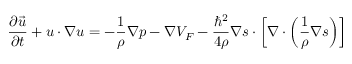
\frac { \partial \vec { u } } { \partial t } + \boldsymbol { u } \cdot \boldsymbol { \nabla } \boldsymbol { u } = - \frac { 1 } { \rho } \boldsymbol { \nabla } p - \boldsymbol { \nabla } V _ { F } - \frac { { \hbar } ^ { 2 } } { 4 \rho } \boldsymbol { \nabla } \boldsymbol { s } \cdot \left[ \boldsymbol { \nabla } \cdot \left( \frac { 1 } { \rho } \boldsymbol { \nabla } \boldsymbol { s } \right) \right]